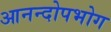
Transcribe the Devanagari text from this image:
आनन्दोपभोग